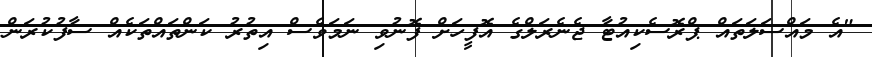
"އެ މައްސަލަތައް ޕްރޮސެކިއުޓާ ޖެނެރަލްގެ އޮފީހަށް ފޮނުވި ނަމަވެސް އިތުރު ކަންތައްތަކެއް ސާފުކުރަން